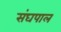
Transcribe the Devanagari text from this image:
संघपाल